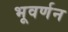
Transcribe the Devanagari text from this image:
भूवर्णन